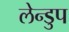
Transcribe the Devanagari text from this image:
लेन्डुप